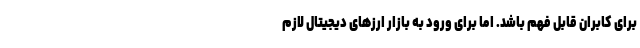
برای کابران قابل فهم باشد. اما برای ورود به بازار ارزهای دیجیتال لازم